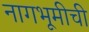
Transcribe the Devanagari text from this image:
नागभूमीची